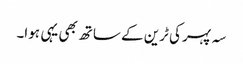
سہ پہر کی ٹرین کے ساتھ بھی یہی ہوا۔